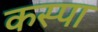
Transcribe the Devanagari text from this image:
कस्पा